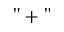
" + "